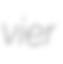
vier